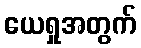
ယေရှုအတွက်